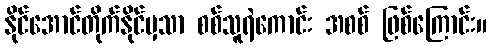
နိုင်အောင်တိုက်နိုင်မှသာ စစ်သူရဲကောင်း အစစ် ဖြစ်ကြောင်း။